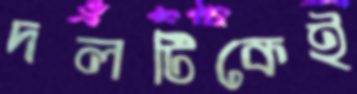
দলটিকেই